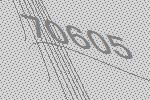
70605